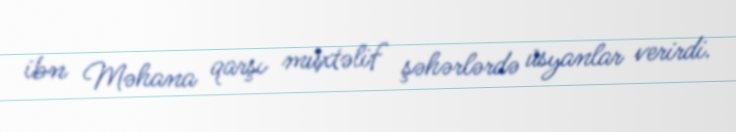
ibn Məhana qarşı müxtəlif şəhərlərdə üsyanlar verirdi.